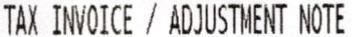
TAX INVOICE / ADJUSTMENT NOTE